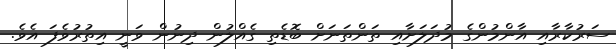
ސަރުކާރާއި އާންމުންގެ މުދަލަށާއި ތަންތަނަށް ބޮޑެތި ގެއްލުން ދިނުން ވަނީ އިތުރުވެފަ އެވެ.